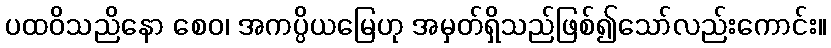
ပထဝိသညိနော စေဝ၊ အကပ္ပိယမြေဟု အမှတ်ရှိသည်ဖြစ်၍သော်လည်းကောင်း။